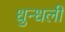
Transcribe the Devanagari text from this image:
धुन्धली